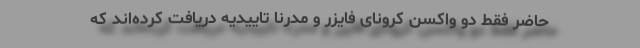
حاضر فقط دو واکسن کرونای فایزر و مدرنا تاییدیه دریافت کرده‌اند که